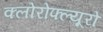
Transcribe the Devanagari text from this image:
क्लोरोफ्ल्यूरो